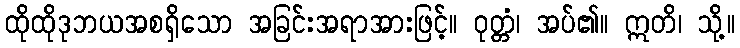
ထိုထိုဒုဘယအစရှိသော အခြင်းအရာအားဖြင့်။ ဝုတ္တံ၊ အပ်၏။ ဣတိ၊ သို့။